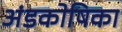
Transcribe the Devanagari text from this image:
अंडकोषिका